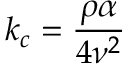
k _ { c } = \frac { \rho \alpha } { 4 \nu ^ { 2 } }